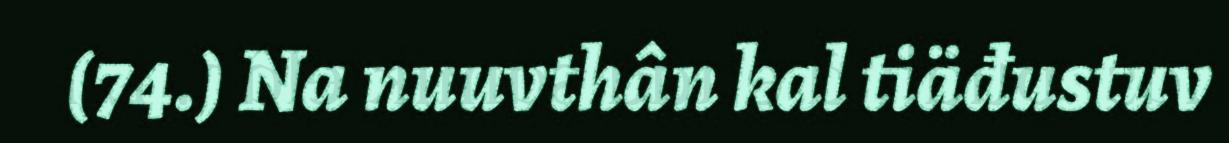
(74.) Na nuuvthân kal tiäđustuv